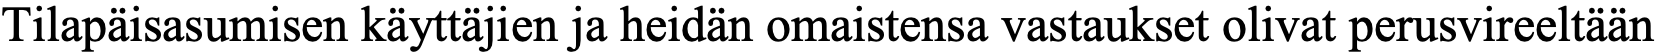
Tilapäisasumisen käyttäjien ja heidän omaistensa vastaukset olivat perusvireeltään